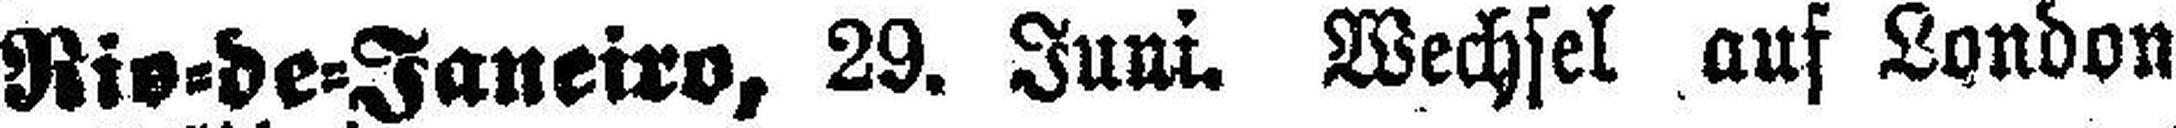
Rio=de=Janeiro, 29. Juni. Wechsel auf London